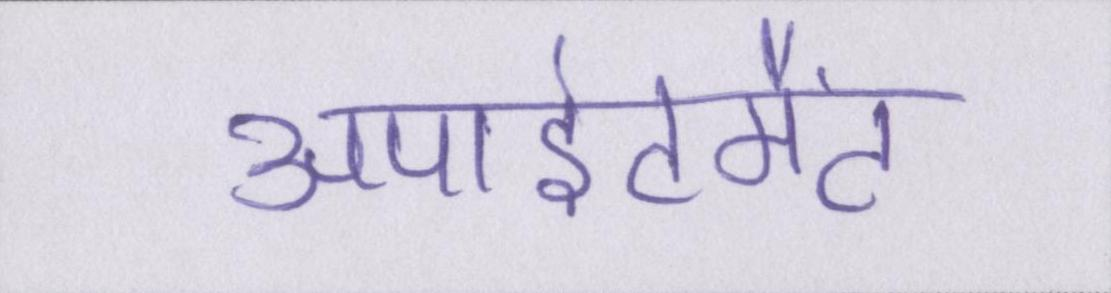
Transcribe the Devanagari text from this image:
अपाइंटमैंट